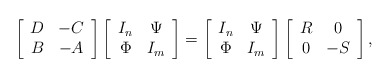
\begin{align*}\left [\begin{array}{cc}D & -C\\B & -A\end{array} \right ] \left [\begin{array}{cc}I_n & \Psi\\\Phi & I_m\end{array} \right ]=\left [\begin{array}{cc}I_n & \Psi\\\Phi & I_m\end{array} \right ]\left [\begin{array}{cc}R & 0\\0 & -S\end{array} \right ],\end{align*}